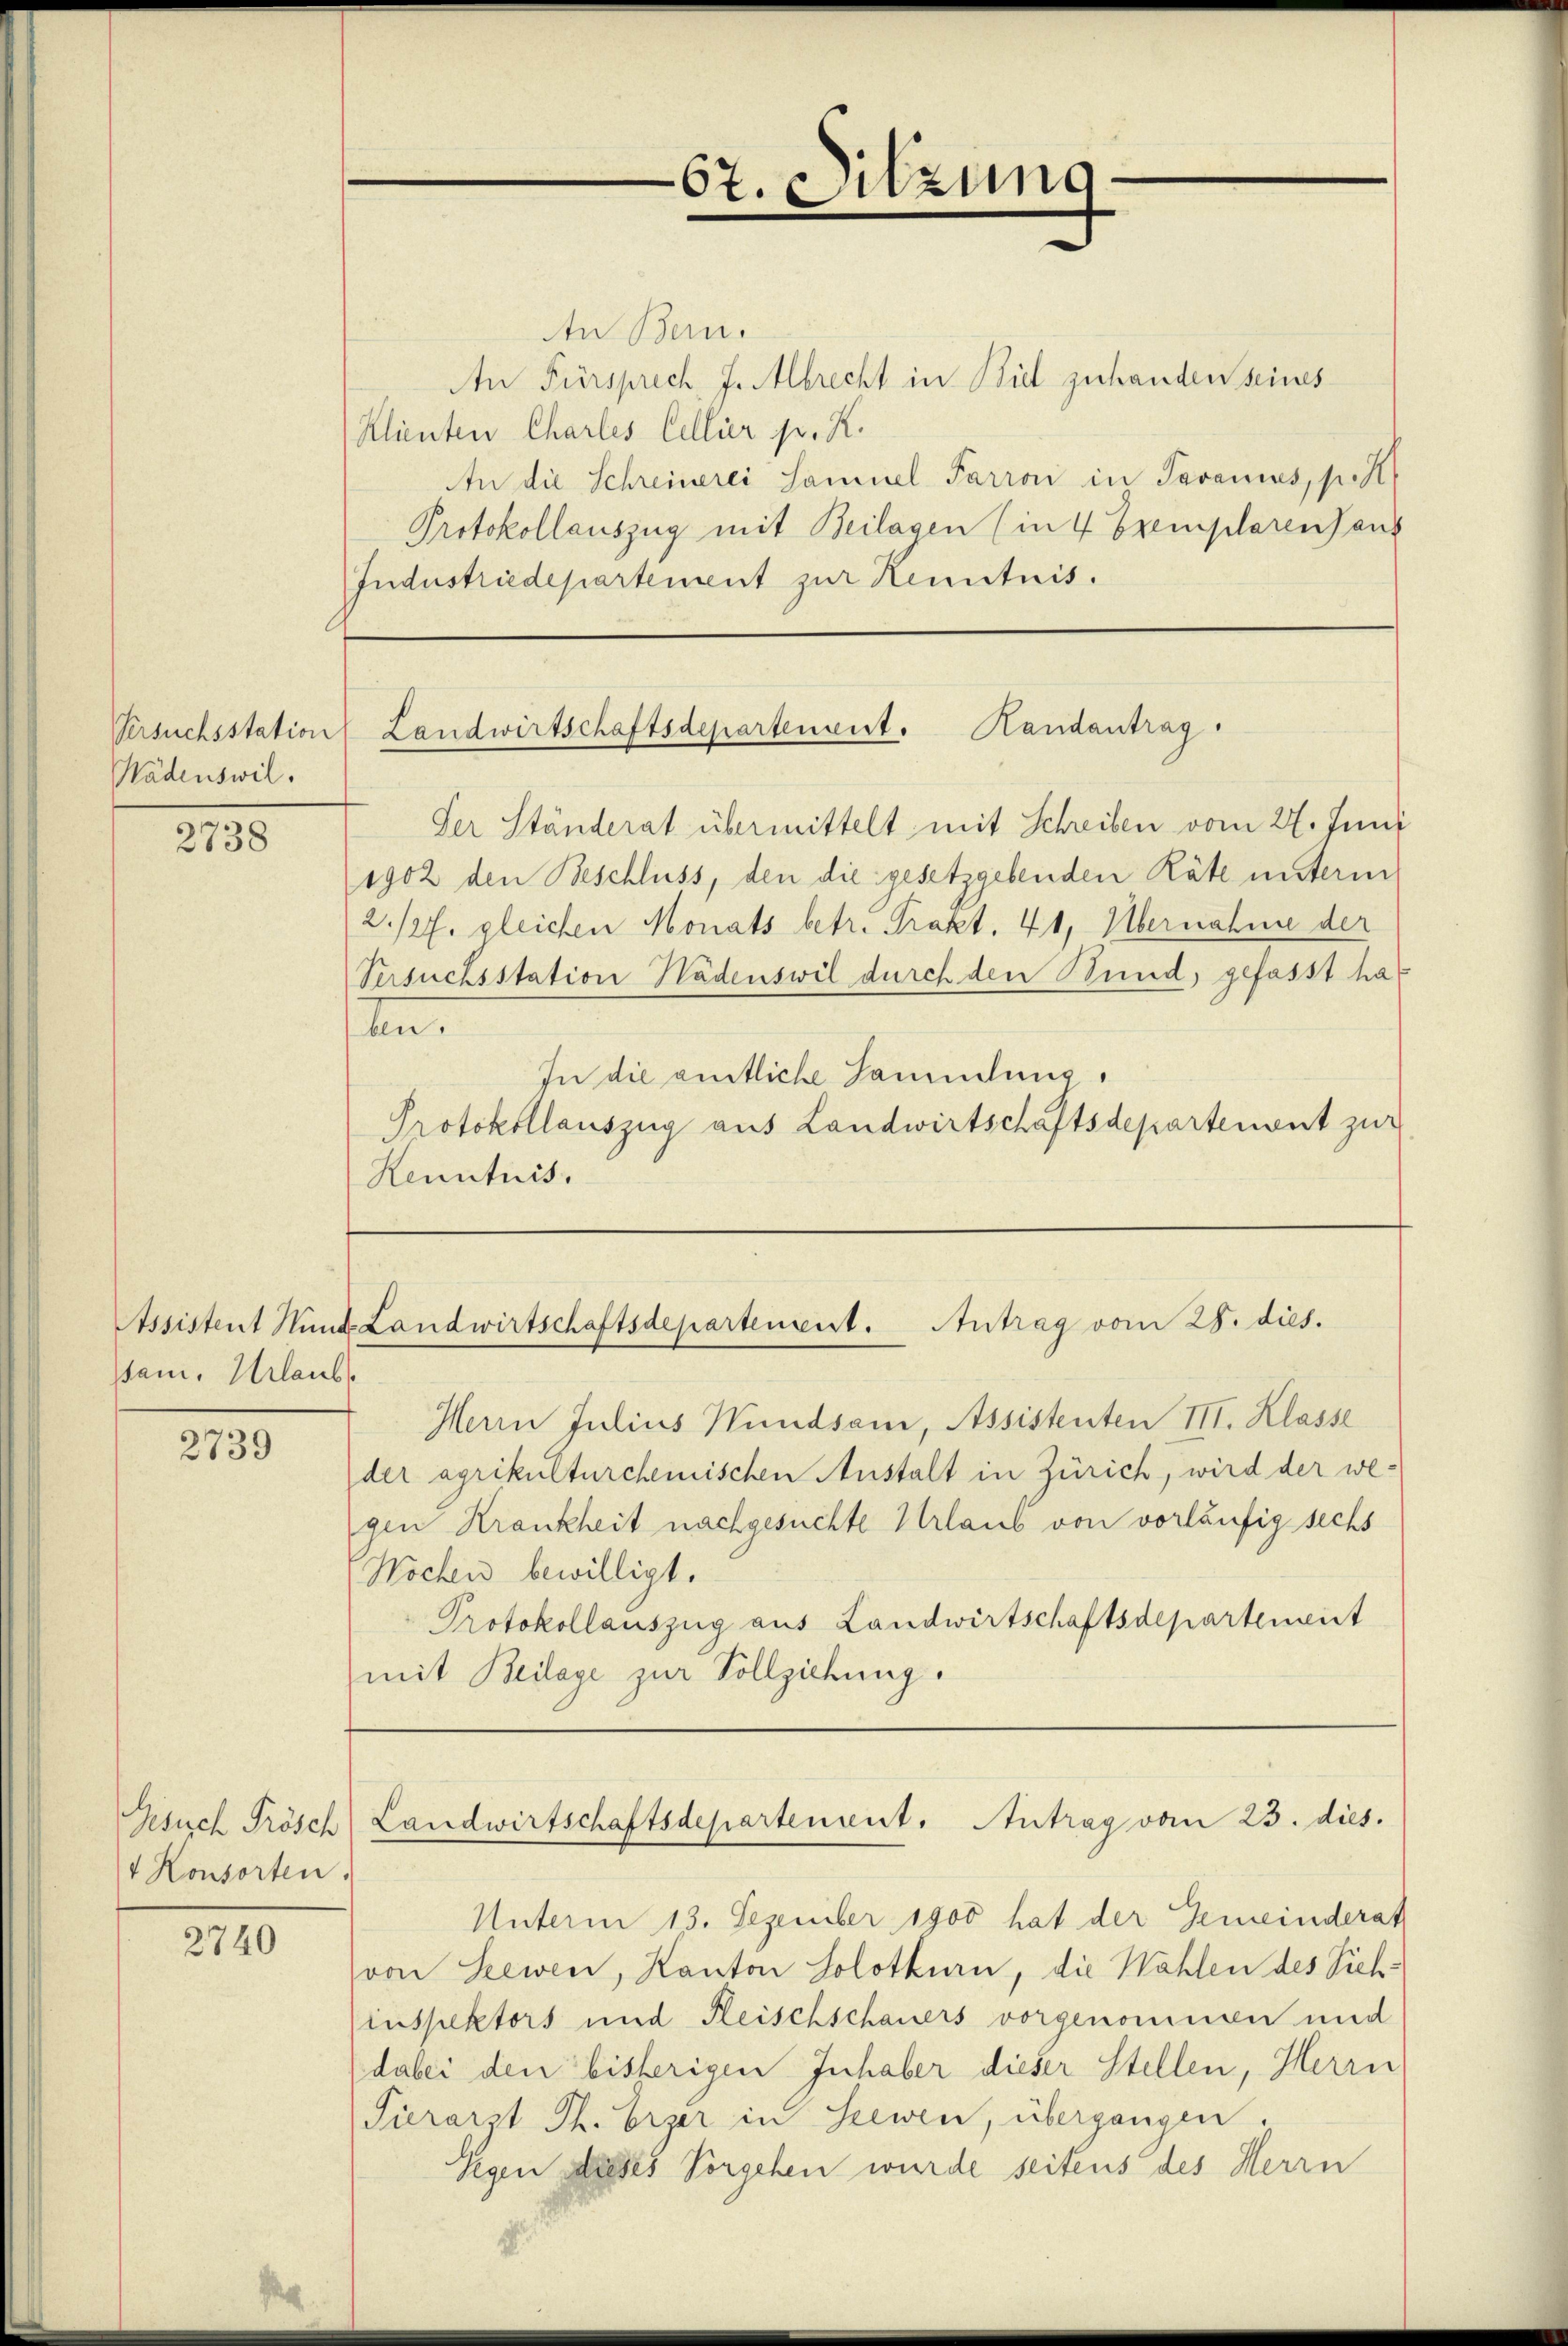
Versuchsstation
Wädenswil.

2738

sam. Urlaub

2739

An Bern.
An Fürsprech J. Albrecht in Biel zuhanden seines
Klinten Charlis Collier pr. K.
An die Schreinerei Samuel Parran in Savannes, p. N
Protokollauszug mit Beilagen (in 4 Exemplarens anz
Jndustriedepartement zur Kenntnis.

Der Ständerat übermittelt mit Schreiben vom 27. Juni
1902 den Beschluss, den die gesetzgebenden Räte unterm
2/27. gleichen Monats betr. Prakt. 41, Übernahme der
Versuchsstation Wädenswil durch den Stund, gefasst hat
n.
In die amtliche Sammlung.
Protokollauszug aus Landwirtschaftsdepartement zur
Kenntnis.

Gisisch Frösch
4 Konsorten.

2740

67. Sitzung

" Landwirtschaftsdepartenant. Handantrag.

Assistent Hund Landwirtschaftsdepartement. Antrag vom 28. dies.

Herrn Julius Wundsam, Assistenten III. Klasse
der agrikulturchemischen Anstalt in Zürich, wird der we-
gen Krankheit nachgesuchte Urlaub von vorläufig sechs
Wochen bewilligt.
Protokollauszug aus Landwirtschaftsdepartement
mit Beilage zur Vollziehung.

Landwirtschaftsdepartenient. Antrag vom 25. dies.

Unterm 13. Dezember 1900 hat der Gemeinderath
von Seewen, Kanton Solothurn, die Wahlen des Sich:
inspektors und Fleischschauers vorgenommen und
dabei den bisherigen Inhaber dieser Stellen, Herrn
Sierarzt Th. Erzer in Seewen, übergangen
Segen dieses Vorgehen wurde seitens des Herrn